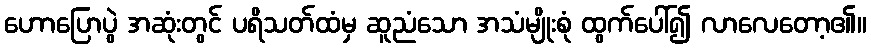
ဟောပြောပွဲ အဆုံးတွင် ပရိသတ်ထံမှ ဆူညံသော အသံမျိုးစုံ ထွက်ပေါ်၍ လာလေတော့၏။